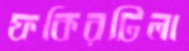
ফকিরটিলা